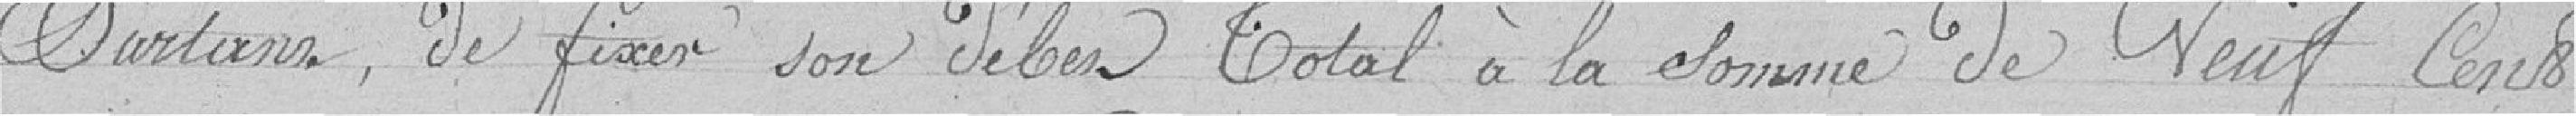
Partant, de fixer son débit Total à la somme de Neuf Cents